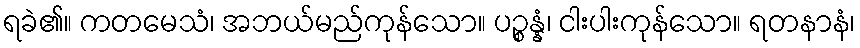
ရခဲ၏။ ကတမေသံ၊ အဘယ်မည်ကုန်သော။ ပဉ္စန္နံ၊ ငါးပါးကုန်သော။ ရတနာနံ၊